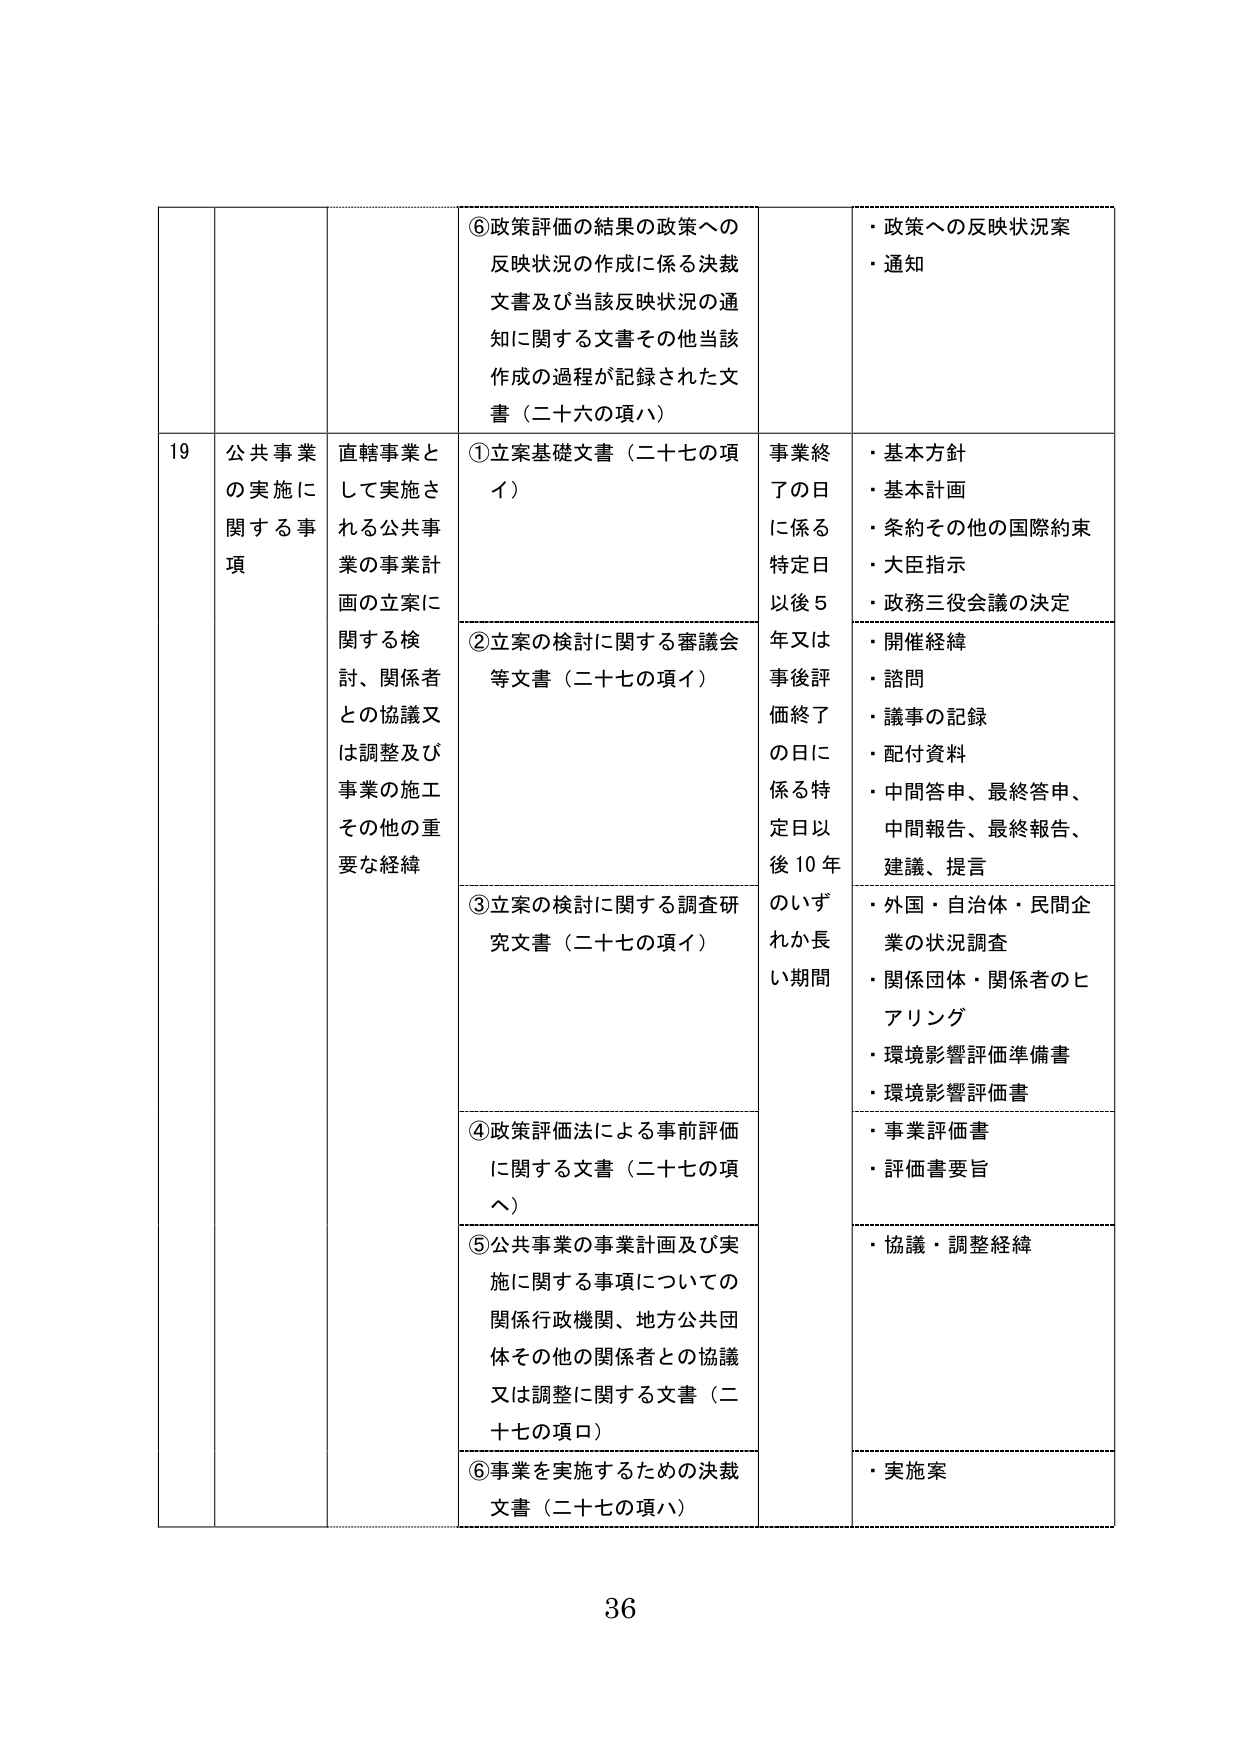
⑥政策評価の結果の政策への
反映状況の作成に係る決裁
文書及び当該反映状況の通
知に関する文書その他当該
作成の過程が記録された文
書（二十六の項ハ）

・政策への反映状況案
・通知

19 公共事業
の実施に
関する事
項

直轄事業と
して実施さ
れる公共事
業の事業計
画の立案に
関する検
討、関係者
との協議又
は調整及び
事業の施工
その他の重
要な経緯

①立案基礎文書（二十七の項
イ）

②立案の検討に関する審議会
等文書（二十七の項イ）

③立案の検討に関する調査研
究文書（二十七の項イ）

④政策評価法による事前評価
に関する文書（二十七の項
ヘ）

⑤公共事業の事業計画及び実
施に関する事項についての
関係行政機関、地方公共団
体その他の関係者との協議
又は調整に関する文書（二
十七の項ロ）

⑥事業を実施するための決裁
文書（二十七の項ハ）

事業終
了の日
に係る
特定日
以後５
年又は
事後評
価終了
の日に
係る特
定日以
後10年
のいずれか長
い期間

・基本方針
・基本計画
・条約その他の国際約束
・大臣指示
・政務三役会議の決定

・開催経緯
・諮問
・議事の記録
・配付資料
・中間答申、最終答申、
中間報告、最終報告、
建議、提言

・外国・自治体・民間企
業の状況調査
・関係団体・関係者のヒ
アリング
・環境影響評価準備書
・環境影響評価書

・事業評価書
・評価書要旨

・協議・調整経緯

・実施案

36